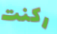
ركنت